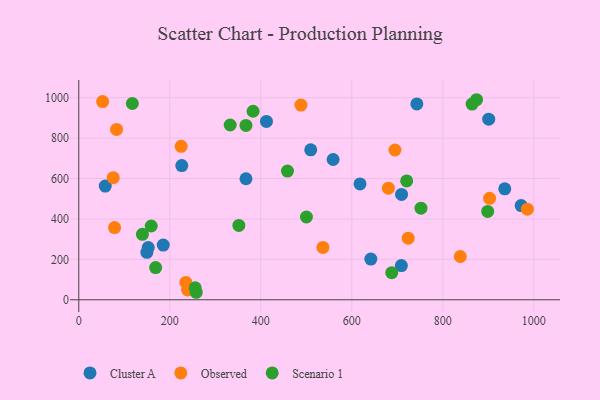
{"axis": {"x": "Ad Spend", "y": "Fuel Efficiency"}, "legend": ["Cluster A", "Observed", "Scenario 1"], "data": [{"x": "367.4", "y": 598.9, "type": "Cluster A"}, {"x": "900.8", "y": 893.9, "type": "Cluster A"}, {"x": "58.2", "y": 562.5, "type": "Cluster A"}, {"x": "936.1", "y": 549.0, "type": "Cluster A"}, {"x": "558.9", "y": 694.2, "type": "Cluster A"}, {"x": "226.3", "y": 663.9, "type": "Cluster A"}, {"x": "641.8", "y": 201.4, "type": "Cluster A"}, {"x": "742.9", "y": 969.3, "type": "Cluster A"}, {"x": "709.3", "y": 521.1, "type": "Cluster A"}, {"x": "509.7", "y": 742.1, "type": "Cluster A"}, {"x": "412.4", "y": 882.5, "type": "Cluster A"}, {"x": "618.0", "y": 573.4, "type": "Cluster A"}, {"x": "152.6", "y": 258.7, "type": "Cluster A"}, {"x": "149.6", "y": 234.6, "type": "Cluster A"}, {"x": "185.6", "y": 270.7, "type": "Cluster A"}, {"x": "972.1", "y": 466.2, "type": "Cluster A"}, {"x": "708.9", "y": 169.3, "type": "Cluster A"}, {"x": "235.3", "y": 85.8, "type": "Observed"}, {"x": "83.0", "y": 843.1, "type": "Observed"}, {"x": "225.0", "y": 759.3, "type": "Observed"}, {"x": "723.9", "y": 304.8, "type": "Observed"}, {"x": "694.8", "y": 741.1, "type": "Observed"}, {"x": "78.7", "y": 357.3, "type": "Observed"}, {"x": "902.7", "y": 502.0, "type": "Observed"}, {"x": "488.2", "y": 963.2, "type": "Observed"}, {"x": "680.3", "y": 552.4, "type": "Observed"}, {"x": "52.4", "y": 980.5, "type": "Observed"}, {"x": "239.1", "y": 48.4, "type": "Observed"}, {"x": "985.8", "y": 448.2, "type": "Observed"}, {"x": "838.4", "y": 214.2, "type": "Observed"}, {"x": "75.7", "y": 604.2, "type": "Observed"}, {"x": "536.5", "y": 259.0, "type": "Observed"}, {"x": "500.3", "y": 409.6, "type": "Scenario 1"}, {"x": "752.0", "y": 453.4, "type": "Scenario 1"}, {"x": "687.7", "y": 134.1, "type": "Scenario 1"}, {"x": "139.8", "y": 323.9, "type": "Scenario 1"}, {"x": "383.0", "y": 932.9, "type": "Scenario 1"}, {"x": "458.6", "y": 636.7, "type": "Scenario 1"}, {"x": "351.8", "y": 367.7, "type": "Scenario 1"}, {"x": "117.7", "y": 971.1, "type": "Scenario 1"}, {"x": "898.6", "y": 437.0, "type": "Scenario 1"}, {"x": "367.4", "y": 862.5, "type": "Scenario 1"}, {"x": "258.1", "y": 37.1, "type": "Scenario 1"}, {"x": "332.7", "y": 864.8, "type": "Scenario 1"}, {"x": "720.6", "y": 588.1, "type": "Scenario 1"}, {"x": "874.1", "y": 989.9, "type": "Scenario 1"}, {"x": "168.9", "y": 159.2, "type": "Scenario 1"}, {"x": "159.2", "y": 365.1, "type": "Scenario 1"}, {"x": "864.3", "y": 968.2, "type": "Scenario 1"}, {"x": "255.9", "y": 59.4, "type": "Scenario 1"}]}